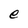
Character: e